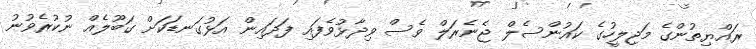
ރައްޔިތުންގެ މަޖިލީހުގެ ކައުންސެލް ޖެނެރަލް ވެސް ވިދާޅުވެފައި ފަދައިން އަޅުގަނޑަކަށް ގަބޫލެއް ނުކުރެވުނު